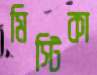
মিস্টিকা